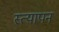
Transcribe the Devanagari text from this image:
स्त्यापन